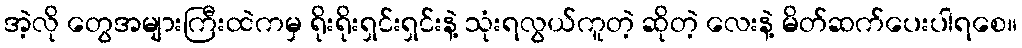
အဲ့လို တွေအများကြီးထဲကမှ ရိုးရိုးရှင်းရှင်းနဲ့ သုံးရလွယ်ကူတဲ့ ဆိုတဲ့ လေးနဲ့ မိတ်ဆက်ပေးပါရစေ။